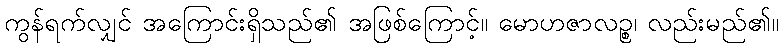
ကွန်ရက်လျှင် အကြောင်းရှိသည်၏ အဖြစ်ကြောင့်။ မောဟဇာလဉ္စ၊ လည်းမည်၏။